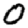
Digit: 0